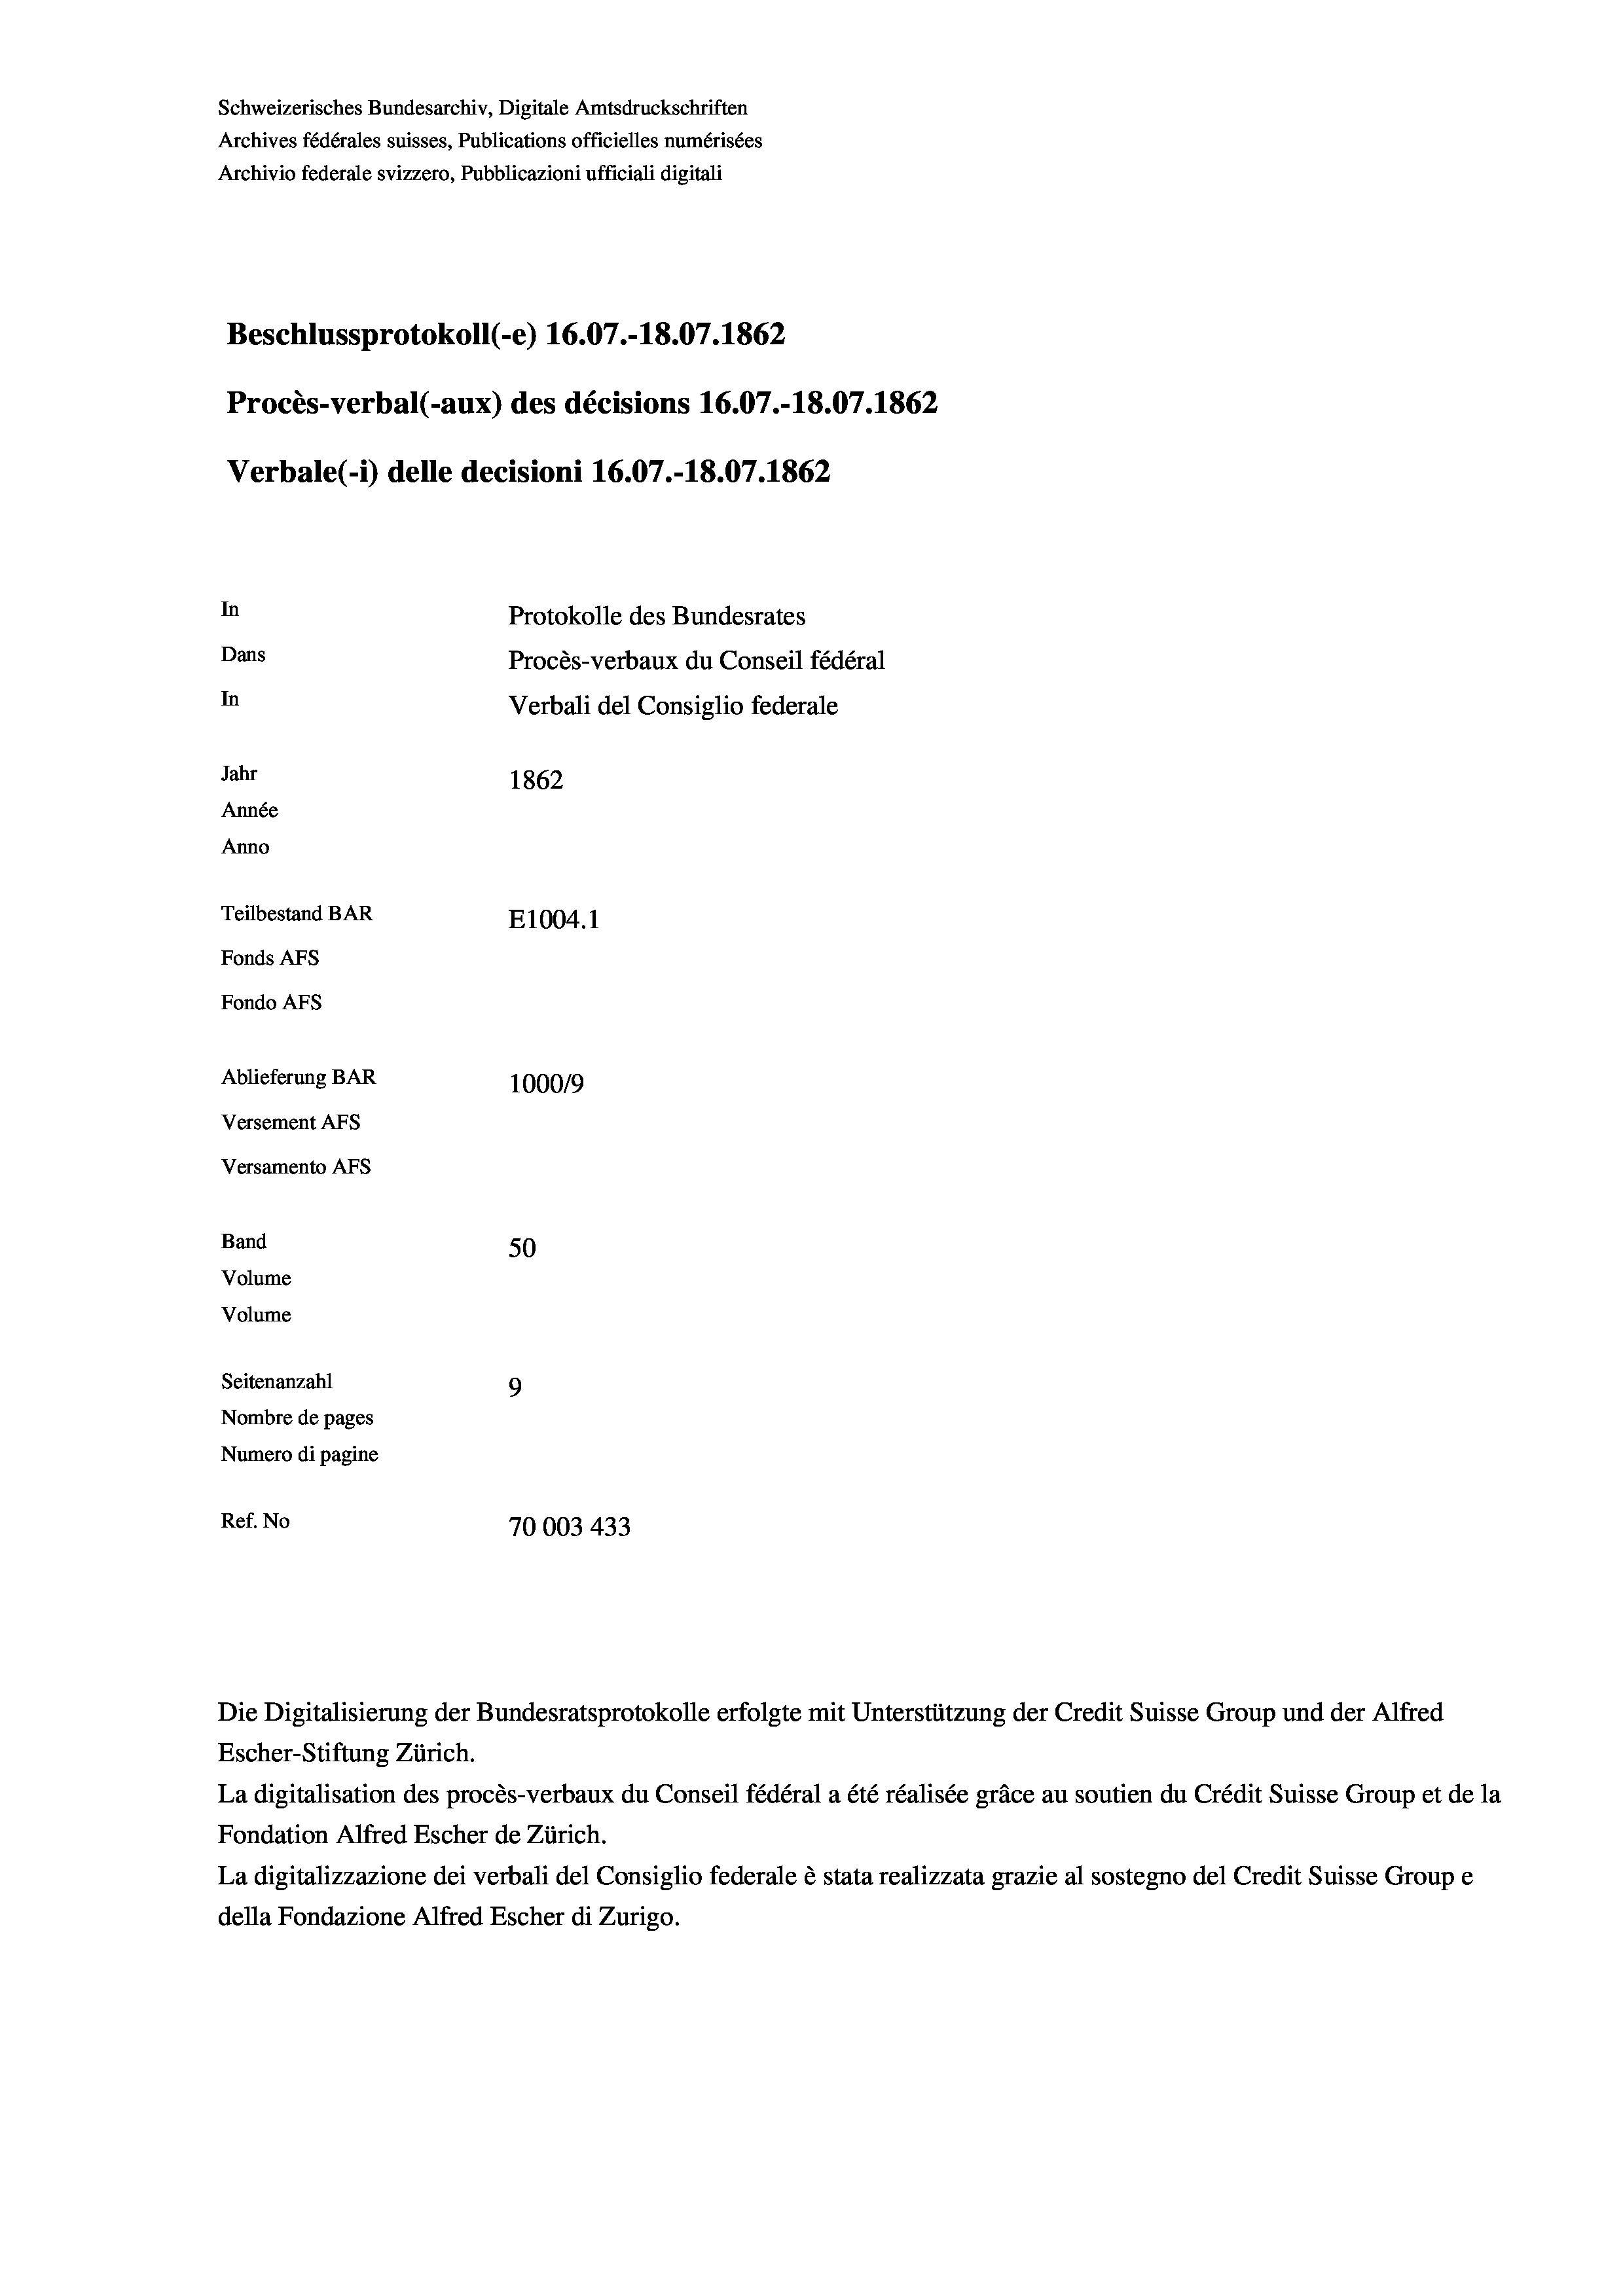
Schweizerisches Bundesarchiv, Digitale Amtsdruckschriften
Archives fédérales suisses, Publications officielles numérisées
Archivio federale svizzero, Pubblicazioni ufficiali digitali
Beschlussprotokoll (-e) 16.07.-18.07. 1862
Procès-verbal (-aux) des décisions 16.07.-18.07. 1862
Verbale(-*) delle decisioni 16.07.-18.07. 1862
In
Protokolle des Bundesrates
Dans
Procès-verbaux du Conseil fédéral
In
Verbali del Consiglio federale
Jahr
1862
Année
Anno
Teilbestand BAR
E1004.1
Fonds AFs
Fondo AFs
Ablieferung BAR
100019
Versement As
Versamento Afs
Band
50
Volume
Volume
Seitenanzahl
9
Nombre de pages
Numero di pagine
Ref. No
70003 433

Die Digitalisierung der Bundesratsprotokolle erfolgte mit Unterstützung der Credit Suisse Group und der Alfred

Escher-Stiftung Zürich.
La digitalisation des procès-verbaux du Conseil fédéral a été réalisée gräce au soutien du Crédit Suisse Group et de la
Fondation Alfred Escher de Zürich.
La digitalizzazione dei verbali del Consiglio federale è stata realizzata grazie al sostegno del Credit Suisse Groupe
della Fondazione Alfred Escher di Zurigo.